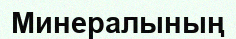
Минералының